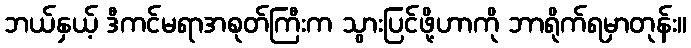
ဘယ်နှယ့် ဒီကင်မရာအစုတ်ကြီးက သွားပြင်ဖို့ဟာကို ဘာရိုက်ရမှာတုန်း။